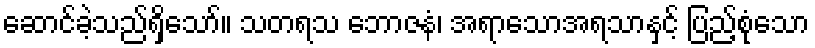
ဆောင်ခဲ့သည်ရှိသော်။ သတရသ ဘောဇနံ၊ အရာသောအရသာနှင့် ပြည့်စုံသော